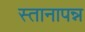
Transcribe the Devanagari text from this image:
स्तानापन्न